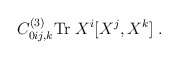
\begin{align*}C^{(3)}_{0ij, k}{\rm Tr}\; X^i[X^j, X^k]\;.\end{align*}